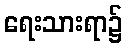
ရေးသားရာ၌